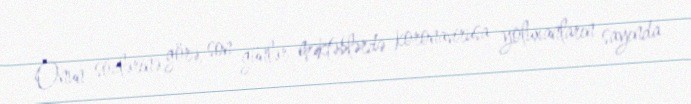
Onun sözlərinə görə, son günlər məktəblərdə koronavirusa yoluxanların sayında